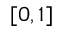
[ 0 , 1 ]